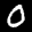
Label: 0